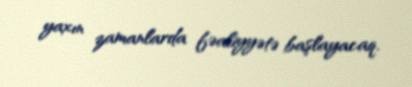
yaxın zamanlarda fəaliyyətə başlayacaq.